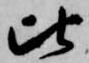
比